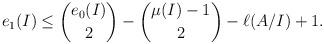
LaTeX: \begin{align*}e_1(I) \le \binom{e_0(I)}{2} - \binom{\mu (I) - 1}{2} - \ell(A/I) +1.\end{align*}